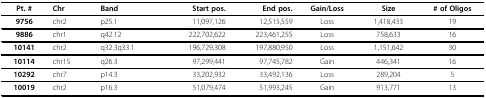
<table><thead><tr><td><b>Pt. #</b></td><td><b>Chr</b></td><td><b>Band</b></td><td><b>Start pos.</b></td><td><b>End pos.</b></td><td><b>Gain/Loss</b></td><td><b>Size</b></td><td><b># of Oligos</b></td></tr></thead><tbody><tr><td><b>9756</b></td><td>chr2</td><td>p25.1</td><td>11,097,126</td><td>12,515,559</td><td>Loss</td><td>1,418,433</td><td>19</td></tr><tr><td><b>9886</b></td><td>chr1</td><td>q42.12</td><td>222,702,622</td><td>223,461,255</td><td>Loss</td><td>758,633</td><td>16</td></tr><tr><td><b>10141</b></td><td>chr2</td><td>q32.3q33.1</td><td>196,729,308</td><td>197,880,950</td><td>Loss</td><td>1,151,642</td><td>30</td></tr><tr><td><b>10114</b></td><td>chr15</td><td>q26.3</td><td>97,299,441</td><td>97,745,782</td><td>Gain</td><td>446,341</td><td>16</td></tr><tr><td><b>10292</b></td><td>chr7</td><td>p14.3</td><td>33,202,932</td><td>33,492,136</td><td>Loss</td><td>289,204</td><td>5</td></tr><tr><td><b>10019</b></td><td>chr2</td><td>p16.3</td><td>51,079,474</td><td>51,993,245</td><td>Gain</td><td>913,771</td><td>13</td></tr></tbody></table>